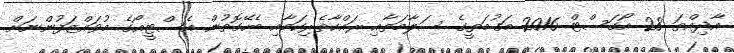
އާދިއްތަ 28 އޯގަސްޓް 2016 މަގުމަތީގެ ސަލާމަތާއި ރައްކާތެރިކަމާއި ބެހޭގޮތުން އެސްޓީއޯގެ މުވައްޒަފުންނަށް